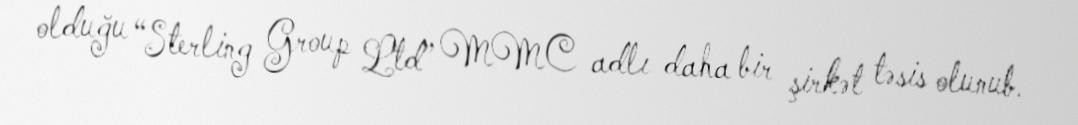
olduğu “Sterling Group Ltd” MMC adlı daha bir şirkət təsis olunub.